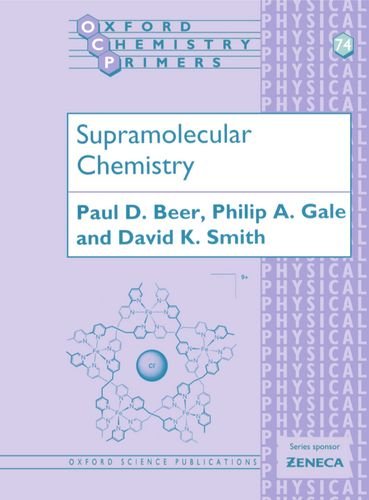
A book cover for Supramolecular Chemistry (Oxford Chemistry Primers); Paul D. Beer; Science & Math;